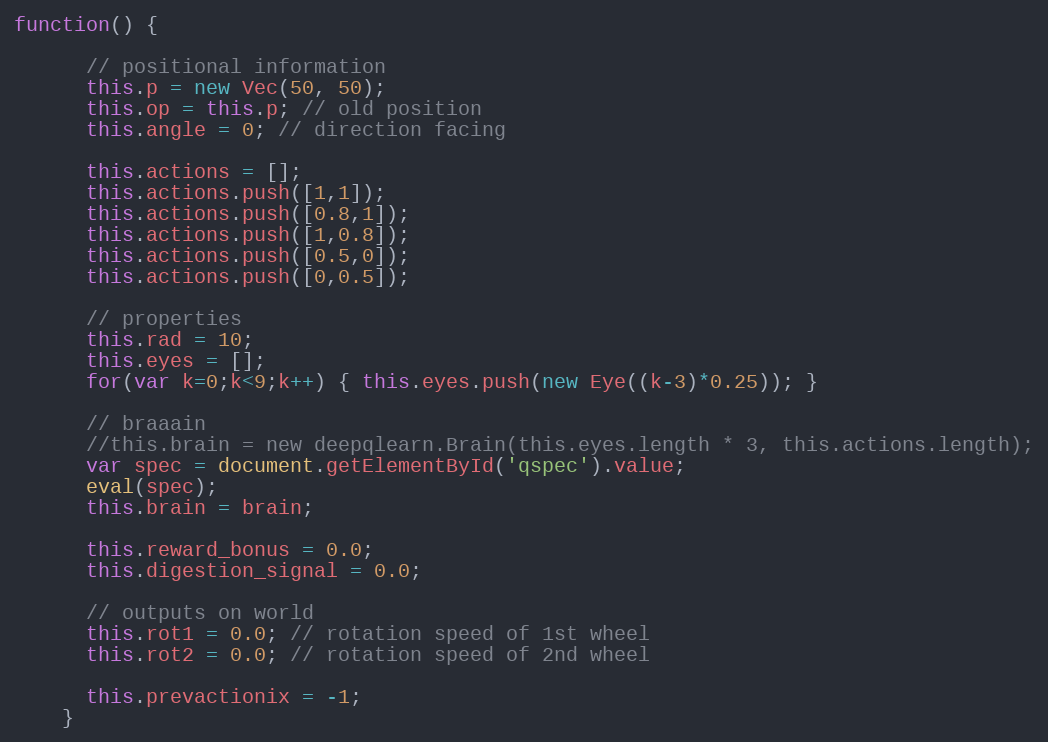
Language: JavaScript
function() {

      // positional information
      this.p = new Vec(50, 50);
      this.op = this.p; // old position
      this.angle = 0; // direction facing

      this.actions = [];
      this.actions.push([1,1]);
      this.actions.push([0.8,1]);
      this.actions.push([1,0.8]);
      this.actions.push([0.5,0]);
      this.actions.push([0,0.5]);

      // properties
      this.rad = 10;
      this.eyes = [];
      for(var k=0;k<9;k++) { this.eyes.push(new Eye((k-3)*0.25)); }

      // braaain
      //this.brain = new deepqlearn.Brain(this.eyes.length * 3, this.actions.length);
      var spec = document.getElementById('qspec').value;
      eval(spec);
      this.brain = brain;

      this.reward_bonus = 0.0;
      this.digestion_signal = 0.0;

      // outputs on world
      this.rot1 = 0.0; // rotation speed of 1st wheel
      this.rot2 = 0.0; // rotation speed of 2nd wheel

      this.prevactionix = -1;
    }